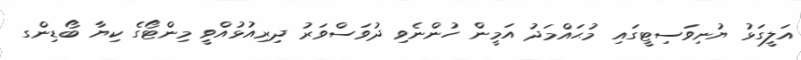
އަލީގަޅު ޔުނިވަސިޓީގައި މުޙައްމަދު އަމީން ހުންނެވި ދުވަސްވަރު ދިރިއުޅުއްވީ މިންޓޯގެ ކިޔާ ބޯޑިންގ